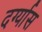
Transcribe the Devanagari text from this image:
दर्ग्यास